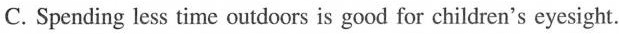
C. Spending less time outdoors is good for children's eyesight.